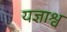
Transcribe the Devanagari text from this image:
यज्ञाश्व